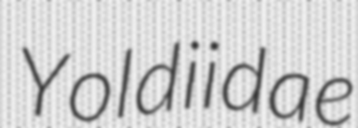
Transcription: Yoldiidae